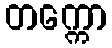
တက္ကော